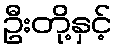
ဦးတို့နှင့်